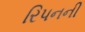
રિપનની